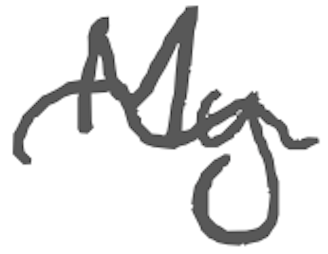
Text: My
Cross-out: wave
Writing tool: digital_gray